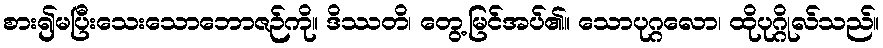
စား၍မပြီးသေးသောဘောဇဉ်ကို။ ဒိဿတိ၊ တွေ့မြင်အပ်၏။ သောပုဂ္ဂလော၊ ထိုပုဂ္ဂိုလ်သည်။